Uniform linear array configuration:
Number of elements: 48
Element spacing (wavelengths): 0.25
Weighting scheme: cosine
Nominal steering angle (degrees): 45
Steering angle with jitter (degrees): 45.145
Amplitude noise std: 0.05
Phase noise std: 0.05

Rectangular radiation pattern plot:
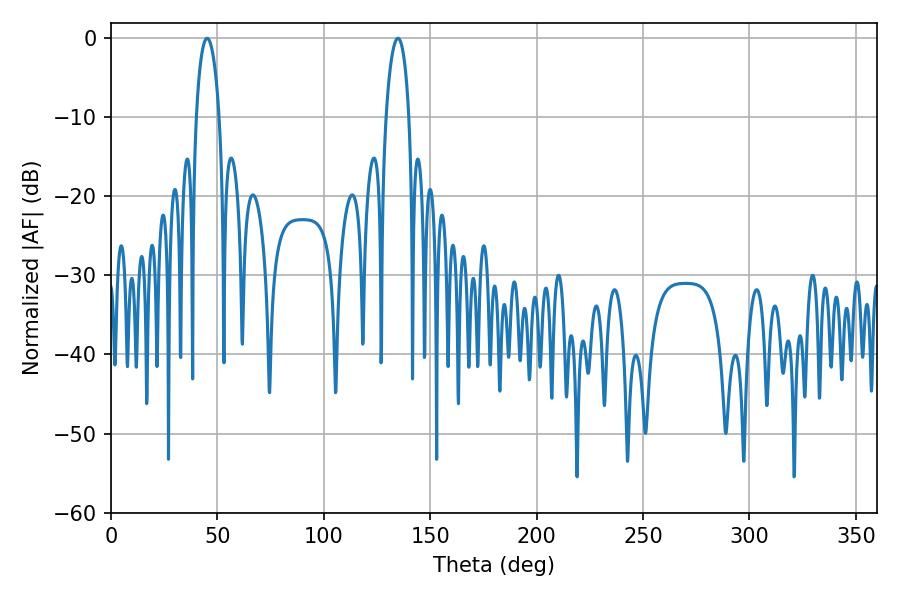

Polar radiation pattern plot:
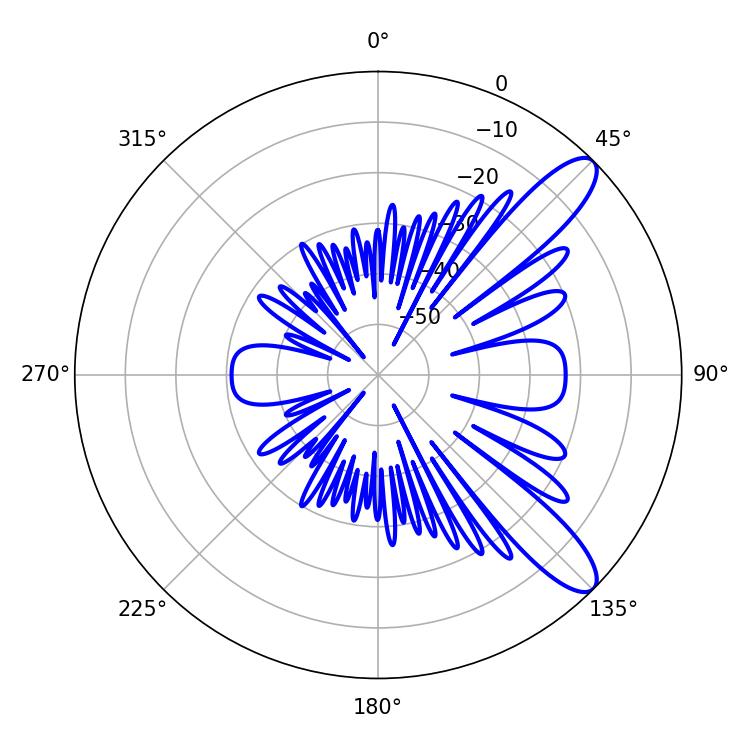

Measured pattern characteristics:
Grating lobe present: FALSE
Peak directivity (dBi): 10.696
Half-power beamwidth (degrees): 6.3
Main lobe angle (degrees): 134.82